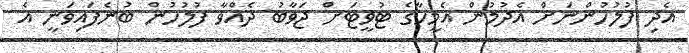
އެދި ފުލުހުންނަށް އެދުމުން އެމީހާގެ ޓުވީޓަށް ޖަވާބު ދެއްވާ ފުލުހުން ބުނެފައިވަނީ އެ